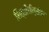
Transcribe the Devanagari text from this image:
भित्तीचीत्रांवर